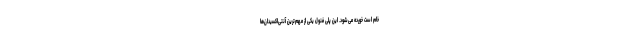
خام است خورده می‌شود. این پلی فنول یکی از مهم‌ترین آنتی‌اکسیدان‌ها